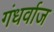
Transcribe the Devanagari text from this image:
गंधर्वाज